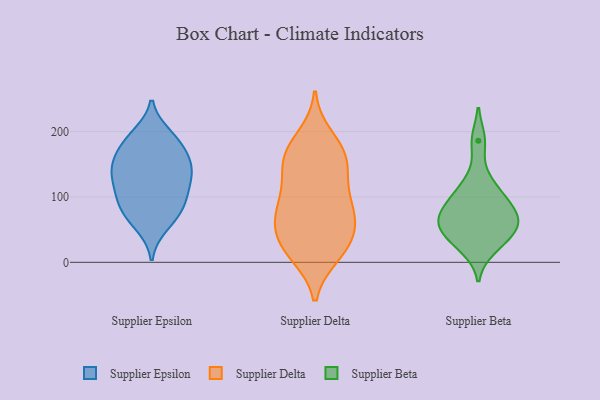
{"axis": {"x": "Churn Rate (%)", "y": "Value"}, "legend": ["Supplier Beta", "Supplier Delta", "Supplier Epsilon"], "data": [{"x": "", "y": 128, "type": "Supplier Epsilon"}, {"x": "", "y": 146, "type": "Supplier Epsilon"}, {"x": "", "y": 181, "type": "Supplier Epsilon"}, {"x": "", "y": 86, "type": "Supplier Epsilon"}, {"x": "", "y": 56, "type": "Supplier Epsilon"}, {"x": "", "y": 173, "type": "Supplier Epsilon"}, {"x": "", "y": 96, "type": "Supplier Epsilon"}, {"x": "", "y": 191, "type": "Supplier Epsilon"}, {"x": "", "y": 159, "type": "Supplier Epsilon"}, {"x": "", "y": 146, "type": "Supplier Epsilon"}, {"x": "", "y": 105, "type": "Supplier Epsilon"}, {"x": "", "y": 195, "type": "Supplier Epsilon"}, {"x": "", "y": 138, "type": "Supplier Epsilon"}, {"x": "", "y": 67, "type": "Supplier Epsilon"}, {"x": "", "y": 136, "type": "Supplier Epsilon"}, {"x": "", "y": 77, "type": "Supplier Epsilon"}, {"x": "", "y": 108, "type": "Supplier Epsilon"}, {"x": "", "y": 81, "type": "Supplier Delta"}, {"x": "", "y": 16, "type": "Supplier Delta"}, {"x": "", "y": 76, "type": "Supplier Delta"}, {"x": "", "y": 12, "type": "Supplier Delta"}, {"x": "", "y": 167, "type": "Supplier Delta"}, {"x": "", "y": 114, "type": "Supplier Delta"}, {"x": "", "y": 36, "type": "Supplier Delta"}, {"x": "", "y": 67, "type": "Supplier Delta"}, {"x": "", "y": 161, "type": "Supplier Delta"}, {"x": "", "y": 191, "type": "Supplier Delta"}, {"x": "", "y": 77, "type": "Supplier Delta"}, {"x": "", "y": 37, "type": "Supplier Delta"}, {"x": "", "y": 153, "type": "Supplier Delta"}, {"x": "", "y": 142, "type": "Supplier Delta"}, {"x": "", "y": 109, "type": "Supplier Delta"}, {"x": "", "y": 18, "type": "Supplier Delta"}, {"x": "", "y": 57, "type": "Supplier Delta"}, {"x": "", "y": 170, "type": "Supplier Delta"}, {"x": "", "y": 67, "type": "Supplier Beta"}, {"x": "", "y": 98, "type": "Supplier Beta"}, {"x": "", "y": 73, "type": "Supplier Beta"}, {"x": "", "y": 186, "type": "Supplier Beta"}, {"x": "", "y": 97, "type": "Supplier Beta"}, {"x": "", "y": 59, "type": "Supplier Beta"}, {"x": "", "y": 124, "type": "Supplier Beta"}, {"x": "", "y": 42, "type": "Supplier Beta"}, {"x": "", "y": 21, "type": "Supplier Beta"}, {"x": "", "y": 38, "type": "Supplier Beta"}, {"x": "", "y": 64, "type": "Supplier Beta"}]}